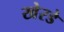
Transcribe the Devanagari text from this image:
खेरडे